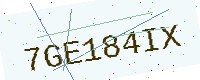
Text: 7GE184IX